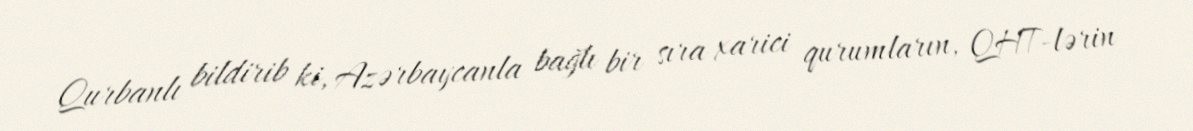
Qurbanlı bildirib ki, Azərbaycanla bağlı bir sıra xarici qurumların, QHT-lərin